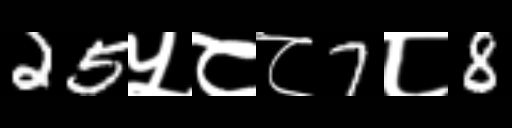
Text: 25५८८7८8